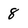
Character: 8